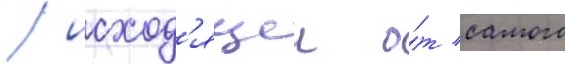
/ исход'ящеи о́т самого